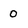
Character: 0